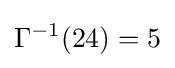
\Gamma ^{-1}(24)=5